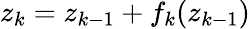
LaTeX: {z_{k}=z_{k-1}+f_{k}(z_{k-1})}